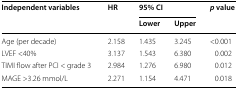
<table><thead><tr><td rowspan="2"><b>Independent variables</b></td><td rowspan="2"><b>HR</b></td><td colspan="2"><b>95% CI</b></td><td rowspan="2"><b><i>p</i> value</b></td></tr><tr><td><b>Lower</b></td><td><b>Upper</b></td></tr></thead><tbody><tr><td>Age (per decade)</td><td>2.158</td><td>1.435</td><td>3.245</td><td>&lt;0.001</td></tr><tr><td>LVEF &lt;40%</td><td>3.137</td><td>1.543</td><td>6.380</td><td>0.002</td></tr><tr><td>TIMI flow after PCI &lt; grade 3</td><td>2.984</td><td>1.276</td><td>6.980</td><td>0.012</td></tr><tr><td>MAGE &gt;3.26 mmol/L</td><td>2.271</td><td>1.154</td><td>4.471</td><td>0.018</td></tr></tbody></table>